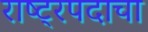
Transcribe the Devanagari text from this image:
राष्ट्रपदाचा